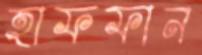
হাফফান